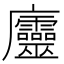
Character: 𢌔